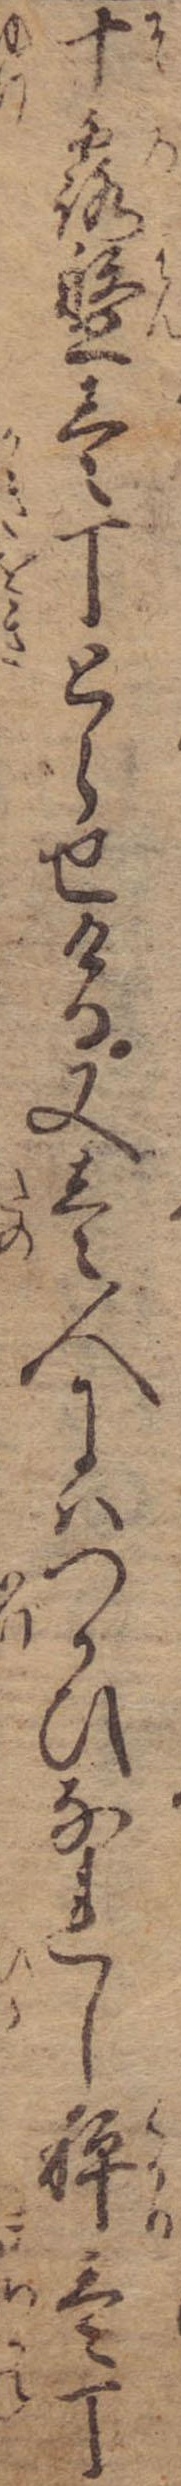
十露盤壱丁とらせける又壱人にはつかひなれし秤壱丁